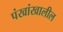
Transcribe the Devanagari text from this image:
पंखांखालील